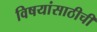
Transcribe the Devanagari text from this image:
विषयांसाठीची